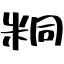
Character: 粡